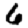
Digit: 6